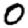
Digit: 0